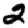
Digit: 2